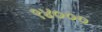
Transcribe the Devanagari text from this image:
९४०००